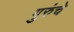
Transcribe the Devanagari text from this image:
गुरुंचे